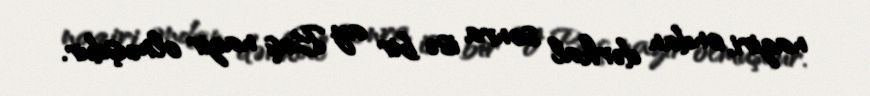
naziri, ondan dərhal sonra isə bir ay Baş nazir olmuşdur.